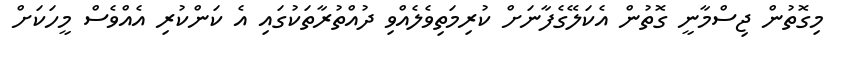
މިގޮތުން ޖިސްމާނީ ގޮތުން އެކަލޭގެފާނަށް ކުރިމަތިވެލެއްވި ދުއްތުރާތަކުގައި އެ ކަންކުރި އެއްވެސް މީހަކަށް